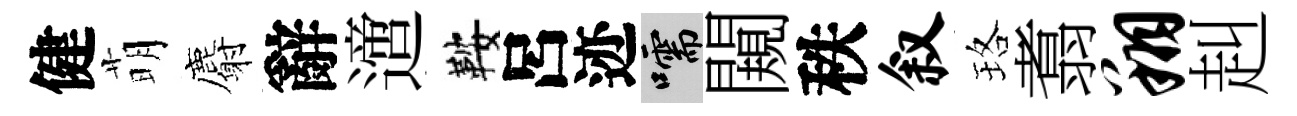
健萌麝辭𨗁鞍呂迹嚅闚秩叙珞翥翔赳